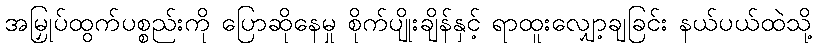
အမြှုပ်ထွက်ပစ္စည်းကို ပြောဆိုနေမှု စိုက်ပျိုးချိန်နှင့် ရာထူးလျှော့ချခြင်း နယ်ပယ်ထဲသို့